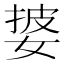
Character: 𫰷